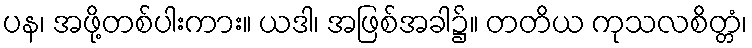
ပန၊ အဖို့တစ်ပါးကား။ ယဒါ၊ အဖြစ်အခါ၌။ တတိယ ကုသလစိတ္တံ၊